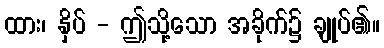
ထား၊ နှိပ် - ဤသို့သော အခိုက်၌ ချုပ်၏။